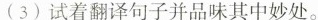
(3)试着翻译句子并品味其中妙处。